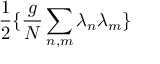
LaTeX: \frac { 1 } { 2 } \{ \frac { g } { N } \sum _ { n , m } \lambda _ { n } \lambda _ { m } \}